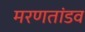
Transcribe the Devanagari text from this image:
मरणतांडव